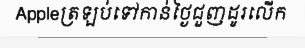
Appleត្រឡប់ទៅកាន់ថ្ងៃជួញដូរលើក